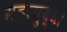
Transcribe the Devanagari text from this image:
महायुद्ध।